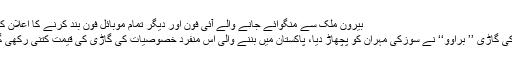
بیرون ملک سے منگوائے جانے والے آئی فون اور دیگر تمام موبائل فون بند کرنے کا اعلان کر دیا گیا
یونائیٹڈ کی گاڑی ’’ براوو‘‘ نے سوزکی مہران کو پچھاڑ دیا، پاکستان میں بننے والی اس منفرد خصوصیات کی گاڑی کی قیمت کتنی رکھی گئی ہے؟